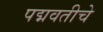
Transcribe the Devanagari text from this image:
पद्मवतीचे